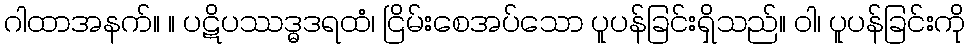
ဂါထာအနက်။ ။ ပဋိပဿဒ္ဓဒရထံ၊ ငြိမ်းစေအပ်သော ပူပန်ခြင်းရှိသည်။ ဝါ၊ ပူပန်ခြင်းကို